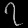
Digit: ၇